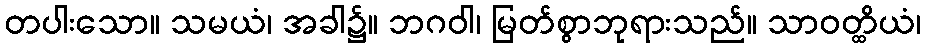
တပါးသော။ သမယံ၊ အခါ၌။ ဘဂဝါ၊ မြတ်စွာဘုရားသည်။ သာဝတ္ထိယံ၊